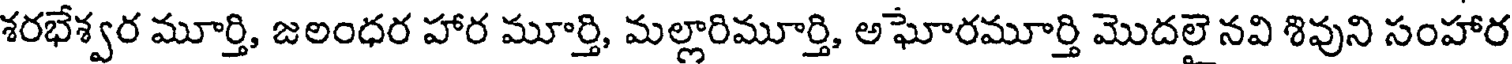
శరభేశ్వర మూర్తి, జలంధర హార మూర్తి, మల్లారిమూర్తి, అఘోరమూర్తి మొదలై నవి శివుని సంహార